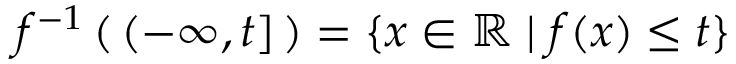
f ^ { - 1 } \left( \, ( - \infty , t ] \, \right) = \{ x \in \mathbb { R } \mid f ( x ) \leq t \}